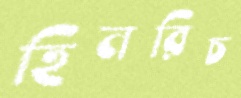
হিনরিচ